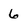
Character: 6